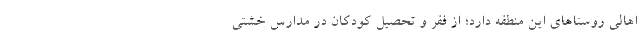
اهالی روستاهای این منطقه دارد؛ از فقر و تحصیل کودکان در مدارس خشتی